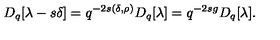
D _ { q } [ \lambda - s \delta ] = q ^ { - 2 s ( \delta , \rho ) } D _ { q } [ \lambda ] = q ^ { - 2 s g } D _ { q } [ \lambda ] .